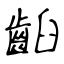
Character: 齨